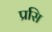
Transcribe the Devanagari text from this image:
प्रसि